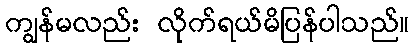
ကျွန်မလည်း လိုက်ရယ်မိပြန်ပါသည်။